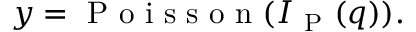
y = \mathrm { ~ P ~ o ~ i ~ s ~ s ~ o ~ n ~ } ( I _ { \mathrm { ~ P ~ } } ( q ) ) .